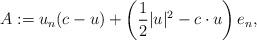
LaTeX: \begin{align*} A := u_n(c-u) + \left( \frac{1}{2} |u|^2 - c \cdot u \right) e_n, \end{align*}